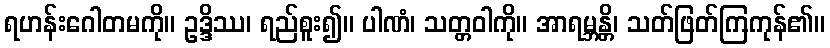
ရဟန်းဂေါတမကို။ ဥဒ္ဒိဿ၊ ရည်စူး၍။ ပါဏံ၊ သတ္တဝါကို။ အာရမ္ဘန္တိ၊ သတ်ဖြတ်ကြကုန်၏။